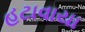
હટાવાયા